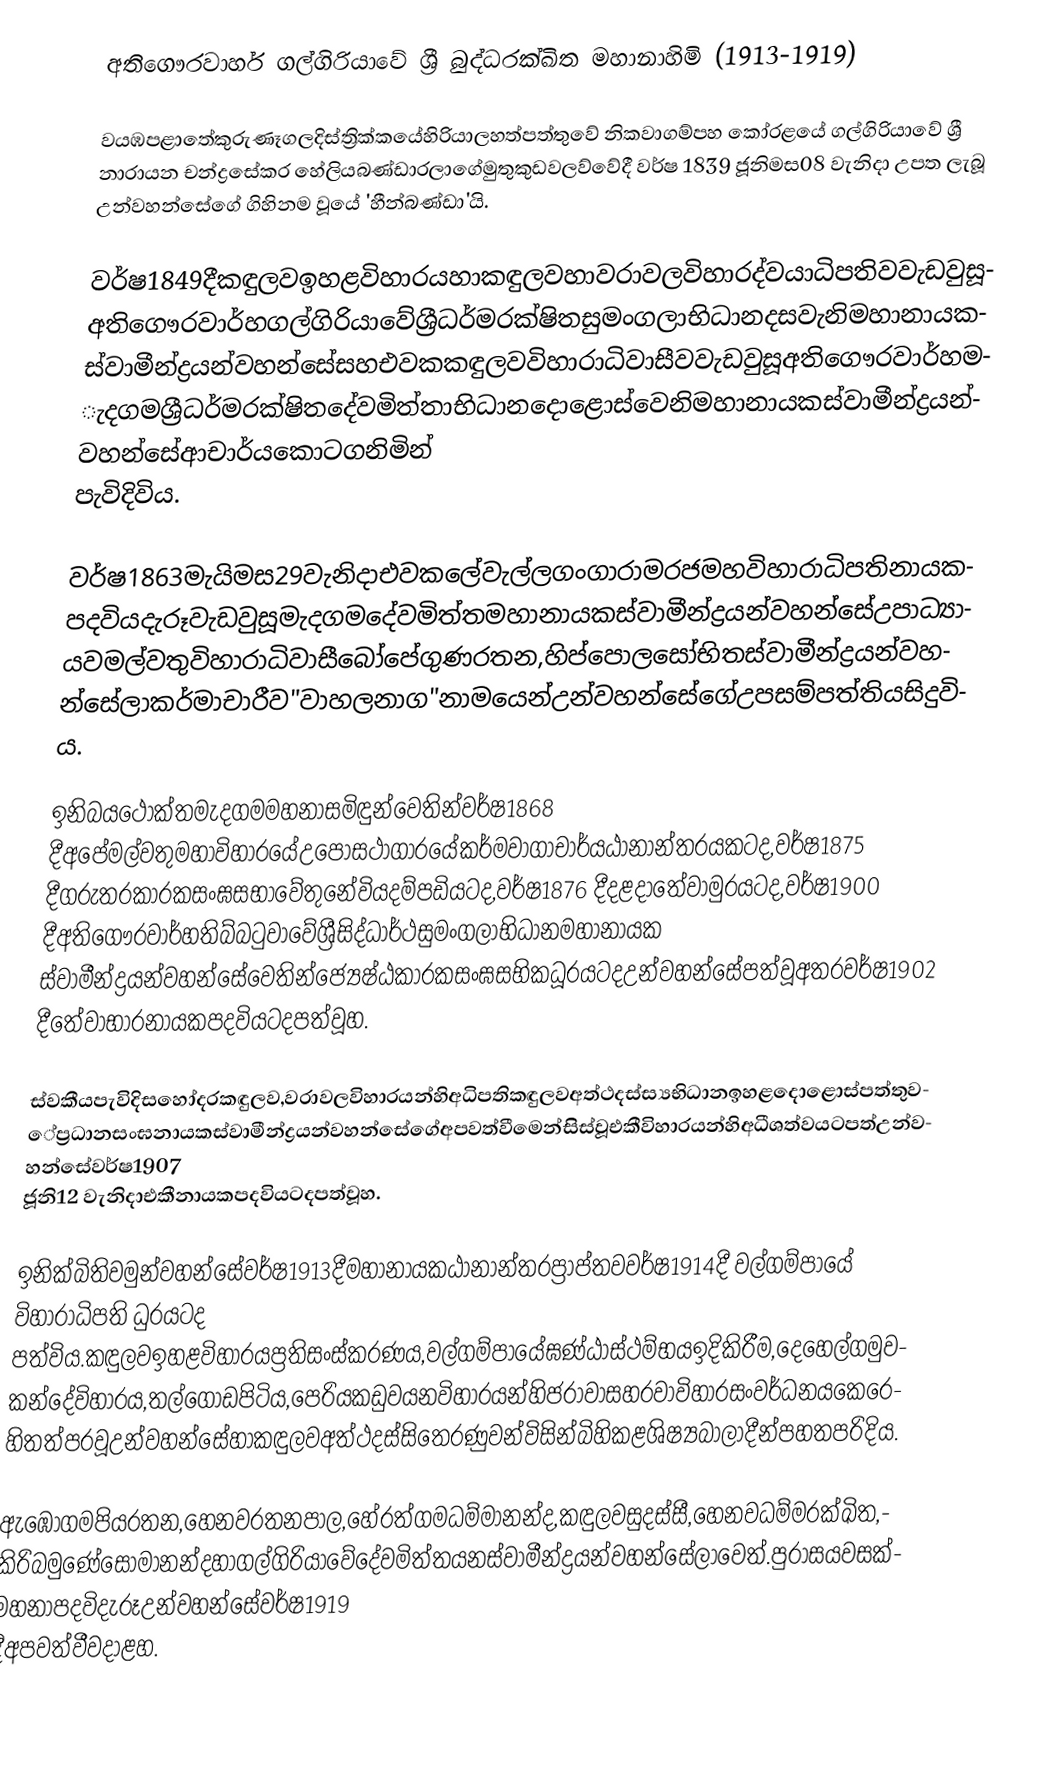
අතිගෞරවාර්හ ගල්ගිරියාවේ ශ්‍රී බුද්ධරක්ඛිත මහානාහිමි (1913-1919)

                    වයඹපළාතේකුරුණෑගලදිස්ත්‍රික්කයේහිරියාලහත්පත්තුවේ නිකවාගම්පහ කෝරළයේ ගල්ගිරියාවේ  ශ්‍රී නාරායන චන්ද්‍රසේකර හේලියබණ්ඩාරලාගේමුතුකුඩවලව්වේදී වර්ෂ 1839 ජූනිමස08 වැනිදා උපත ලැබූ උන්වහන්සේගේ ගිහිනම වූයේ 'හීන්බණ්ඩා'යි.

                        වර්ෂ1849දීකඳුලවඉහළවිහාරයහාකඳුලවහාවරාවලවිහාරද්වයාධිපතිවවැඩවුසූඅතිගෞරවාර්හගල්ගිරියාවේශ්‍රීධර්මරක්ෂිතසුමංගලාභිධානදසවැනිමහානායකස්වාමීන්ද්‍රයන්වහන්සේසහඑවකකඳුලවවිහාරාධිවාසීවවැඩවුසූඅතිගෞරවාර්හමැදගමශ්‍රීධර්මරක්ෂිතදේවමිත්තාභිධානදොළොස්වෙනිමහානායකස්වාමීන්ද්‍රයන්වහන්සේආචාර්යකොටගනිමින් පැවිදිවිය.

                                                  වර්ෂ1863මැයිමස29වැනිදාඑවකලේවැල්ලගංගාරාමරජමහවිහාරාධිපතිනායකපදවියදැරූවැඩවුසූමැදගමදේවමිත්තමහානායකස්වාමීන්ද්‍රයන්වහන්සේඋපාධ්‍යායවමල්වතුවිහාරාධිවාසීබෝපේගුණරතන,හිප්පොලසෝභිතස්වාමීන්ද්‍රයන්වහන්සේලාකර්මාචාරීව"වාහලනාග"නාමයෙන්උන්වහන්සේගේඋපසම්පත්තියසිදුවිය.

                      ඉනිබයථෝක්තමැදගමමහනාසමිඳුන්වෙතින්වර්ෂ1868 දීඅපේමල්වතුමහාවිහාරයේඋපෝසථාගාරයේකර්මවාගාචාර්යඨානාන්තරයකටද,වර්ෂ1875 දීගරුතරකාරකසංඝසභාවේතුනේවියදම්පඩියටද,වර්ෂ1876 දීදළදාතේවාමුරයටද,වර්ෂ1900 දීඅතිගෞරවාර්හතිබ්බටුවාවේශ්‍රීසිද්ධාර්ථසුමංගලාභිධානමහානායක  ස්වාමීන්ද්‍රයන්වහන්සේවෙතින්ජ්‍යෙෂ්ඨකාරකසංඝසභිකධූරයටදඋන්වහන්සේපත්වූඅතරවර්ෂ1902 දීතේවාභාරනායකපදවියටදපත්වූහ.

                                                            ස්වකීයපැවිදිසහෝදරකඳුලව,වරාවලවිහාරයන්හිඅධිපතිකඳුලවඅත්ථදස්ස්‍යභිධානඉහළදොළොස්පත්තුවේප්‍රධානසංඝනායකස්වාමීන්ද්‍රයන්වහන්සේගේඅපවත්වීමෙන්සිස්වූඑකීවිහාරයන්හිඅධීශත්වයටපත්උන්වහන්සේවර්ෂ1907 ජූනි12 වැනිදාඑකීනායකපදවියටදපත්වූහ.

                                            ඉනික්බිතිවමුන්වහන්සේවර්ෂ1913දීමහානායකඨානාන්තරප්‍රාප්තවවර්ෂ1914දී වල්ගම්පායේ විහාරාධිපති ධුරයටද පත්විය.කඳුලවඉහළවිහාරයප්‍රතිසංස්කරණය,වල්ගම්පායේඝණ්ඨාස්ථම්භයඉදිකිරීම,දෙහෙල්ගමුවකන්දේවිහාරය,තල්ගොඩපිටිය,පෙරියකඩුවයනවිහාරයන්හිජරාවාසහරවාවිහාරසංවර්ධනයකෙරෙහිතත්පරවූඋන්වහන්සේහාකඳුලවඅත්ථදස්සිතෙරණුවන්විසින්බිහිකළශිෂ්‍යබාලාදීන්පහතපරිදිය.

                  ඇඹෝගමපියරතන,හෙනවරතනපාල,හේරත්ගමධම්මානන්ද,කඳුලවසුදස්සී,හෙනවධම්මරක්ඛිත,කිරිබමුණේසෝමානන්දහාගල්ගිරියාවේදේවමිත්තයනස්වාමීන්ද්‍රයන්වහන්සේලාවෙත්.පුරාසයවසක්මහනාපදවිදැරූඋන්වහන්සේවර්ෂ1919 දීඅපවත්වීවදාළහ.